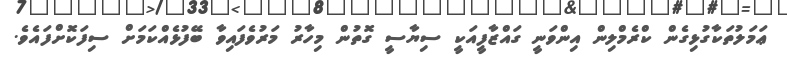
ޢަމަލުތަކާގުޅިގެން ކްރެމްލިން އިންވަނީ ގައްޒާފީއަކީ ސިޔާސީ ގޮތުން މިހާރު މަރުވެފައިވާ ބޭފުޅެއްކަމަށް ސިފަކޮށްފައެވެ.